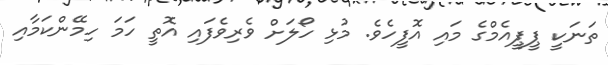
ތަނަކީ ޕީޕީއެމްގެ މައި އޮފީހެވެ. މުޅި ހޯލަށް ވެރިވެފައި އޮތީ ހަމަ ހިމޭންކަމާއި